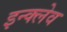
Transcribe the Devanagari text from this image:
इन्क्लेव